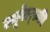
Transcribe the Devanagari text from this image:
ल्यूबेल्स्की